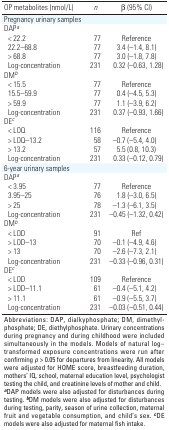
<table><thead><tr><td><b>OP metabolites (nmol/L)</b></td><td><b><i>n</i></b></td><td><b>β (95% CI)</b></td></tr></thead><tbody><tr><td><b>Pregnancy urinary samples</b></td></tr><tr><td><b>DAP<sup><i>a</i></sup></b></td></tr><tr><td><b>&lt; 22.2</b></td><td>77</td><td>Reference</td></tr><tr><td><b>22.2–68.8</b></td><td>77</td><td>3.4 (–1.4, 8.1)</td></tr><tr><td><b>&gt; 68.8</b></td><td>77</td><td>3.0 (–1.8, 7.8)</td></tr><tr><td><b>Log-concentration</b></td><td>231</td><td>0.32 (–0.63, 1.28)</td></tr><tr><td><b>DM<sup><i>b</i></sup></b></td></tr><tr><td><b>&lt; 15.5</b></td><td>77</td><td>Reference</td></tr><tr><td><b>15.5–59.9</b></td><td>77</td><td>0.4 (–4.5, 5.3)</td></tr><tr><td><b>&gt; 59.9</b></td><td>77</td><td>1.1 (–3.9, 6.2)</td></tr><tr><td><b>Log-concentration</b></td><td>231</td><td>0.37 (–0.93, 1.66)</td></tr><tr><td><b>DE<sup><i>c</i></sup></b></td></tr><tr><td><b>&lt; LOQ</b></td><td>116</td><td>Reference</td></tr><tr><td><b>&gt; LOQ–13.2</b></td><td>58</td><td>–0.7 (–5.4, 4.0)</td></tr><tr><td><b>&gt; 13.2</b></td><td>57</td><td>5.5 (0.8, 10.3)</td></tr><tr><td><b>Log-concentration</b></td><td>231</td><td>0.33 (–0.12, 0.79)</td></tr><tr><td><b>6-year urinary samples</b></td></tr><tr><td><b>DAP<sup><i>a</i></sup></b></td></tr><tr><td><b>&lt; 3.95</b></td><td>77</td><td>Reference</td></tr><tr><td><b>3.95–25</b></td><td>76</td><td>1.8 (–3.0, 6.5)</td></tr><tr><td><b>&gt; 25</b></td><td>78</td><td>–1.3 (–6.1, 3.5)</td></tr><tr><td><b>Log-concentration</b></td><td>231</td><td>–0.45 (–1.32, 0.42)</td></tr><tr><td><b>DM<sup><i>b</i></sup></b></td></tr><tr><td><b>&lt; LOD</b></td><td>91</td><td>Ref</td></tr><tr><td><b>&gt; LOD–13</b></td><td>70</td><td>–0.1 (–4.9, 4.6)</td></tr><tr><td><b>&gt; 13</b></td><td>70</td><td>–2.6 (–7.3, 2.1)</td></tr><tr><td><b>Log-concentration</b></td><td>231</td><td>–0.33 (–0.96, 0.31)</td></tr><tr><td><b>DE<sup><i>c</i></sup></b></td></tr><tr><td><b>&lt; LOD</b></td><td>109</td><td>Reference</td></tr><tr><td><b>&gt; LOD–11.1</b></td><td>61</td><td>–0.4 (–5.1, 4.2)</td></tr><tr><td><b>&gt; 11.1</b></td><td>61</td><td>–0.9 (–5.5, 3.7)</td></tr><tr><td><b>Log-concentration</b></td><td>231</td><td>–0.03 (–0.51, 0.44)</td></tr><tr><td colspan="3">Abbreviations: DAP, dialkyphosphate; DM, dimethylphosphate; DE, diethylphosphate. Urinary concentrations during pregnancy and during childhood were included simultaneously in the models. Models of natural log–transformed exposure concentrations were run after confirming <i>p</i> &gt; 0.05 for departures from linearity. All models were adjusted for HOME score, breastfeeding duration, mothers’ IQ, school, maternal education level, psychologist testing the child, and creatinine levels of mother and child. <sup><i><b>a</b></i></sup>DAP models were also adjusted for disturbances during testing. <sup><i><b>b</b></i></sup>DM models were also adjusted for disturbances during testing, parity, season of urine collection, maternal fruit and vegetable consumption, and child’s sex. <sup><i><b>c</b></i></sup>DE models were also adjusted for maternal fish intake.</td></tr></tbody></table>